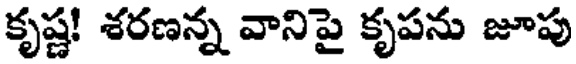
కృష్ణ! శరణన్న వానిపై కృపను జూపు